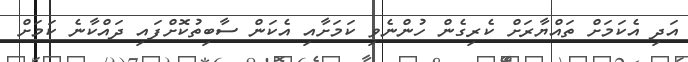
އަދި އެކަމަށް ތައްޔާރަށް ކެރިގެން ހުންނެވި ކަމަށާއި އެކަން ސާބިތުކޮށްފައި ދައްކާނެ ކަމަށް